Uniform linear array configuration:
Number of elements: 12
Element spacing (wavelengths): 0.25
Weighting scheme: hamming
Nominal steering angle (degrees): -60
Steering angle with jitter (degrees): -60.395
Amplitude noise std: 0.05
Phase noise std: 0.05

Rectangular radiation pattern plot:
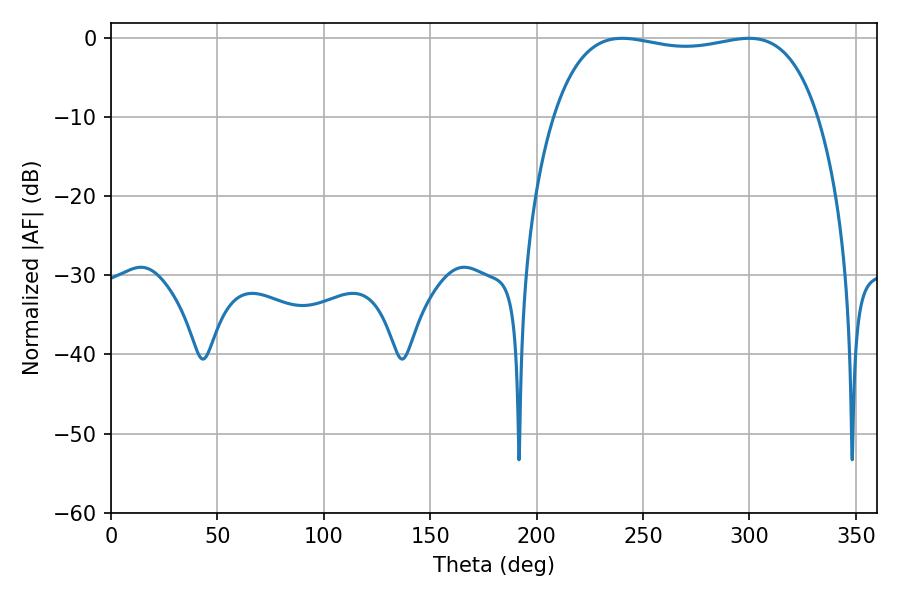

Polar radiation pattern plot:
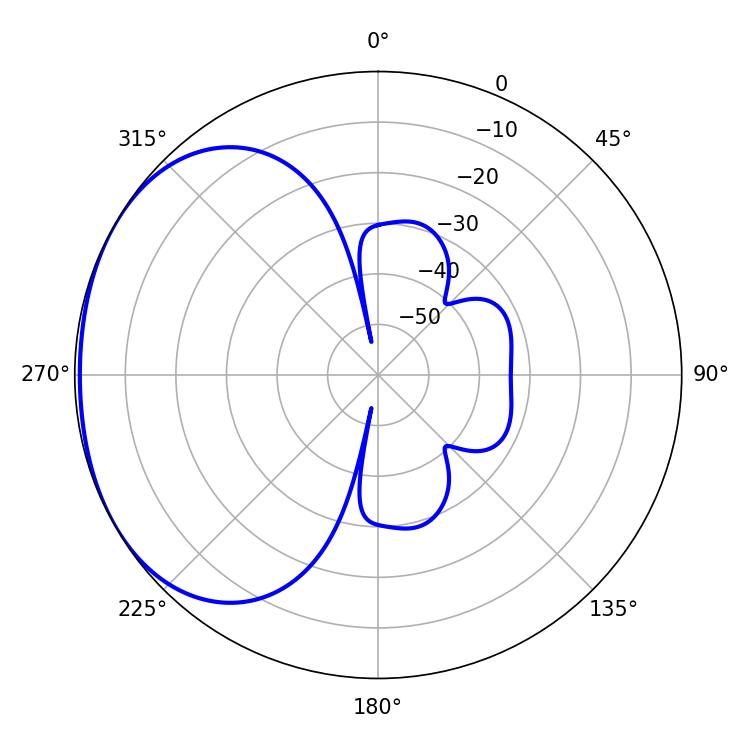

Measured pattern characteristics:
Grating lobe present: FALSE
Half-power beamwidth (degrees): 100.08
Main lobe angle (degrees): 240.12